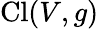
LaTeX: \operatorname{Cl}(V,g)